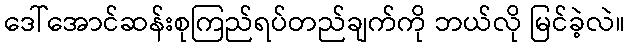
ဒေါ်အောင်ဆန်းစုကြည်ရပ်တည်ချက်ကို ဘယ်လို မြင်ခဲ့လဲ။